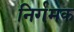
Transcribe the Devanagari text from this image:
निर्गमक